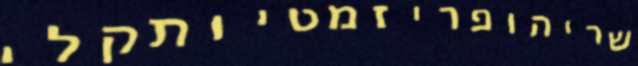
שריהופריזמטיותקלי